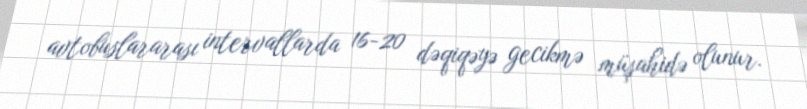
avtobuslararası intervallarda 16-20 dəqiqəyə gecikmə müşahidə olunur.